Indian journal of veterinary science and animal husbandry - Volume 11,
Year: 1941
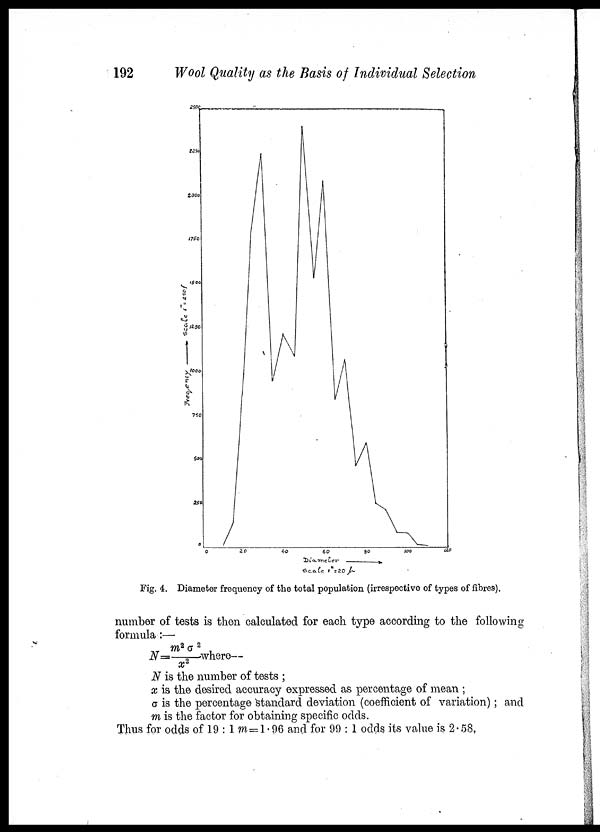
192
Wool Quality as the Basis of Individual Selection
Fig. 4. Diameter frequency of the total population (irrespective of types of fibres).
number of tests is then calculated for each type according to the following
formula:—
N=m 2 σ 2 /x 2 Where—
N is the number of tests ;
x is the desired accuracy expressed as percentage of mean ;
σ is the percentage standard deviation (coefficient of variation) ; and
m is the factor for obtaining specific odds.
Thus for odds of 19 : 1 m=1.96 and for 99 : 1 odds its value is 2.58.